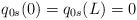
\begin{align*}q_{0s}(0)=q_{0s}(L)=0\end{align*}